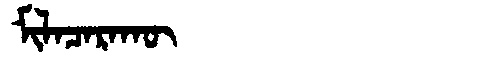
Manchu: ᠮᡳᠯᠠᠴᠠᡵᠠᡴᡡ
Romanization: MILACARAKŪ